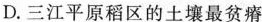
D.三江平原稻区的土壤最贫瘠